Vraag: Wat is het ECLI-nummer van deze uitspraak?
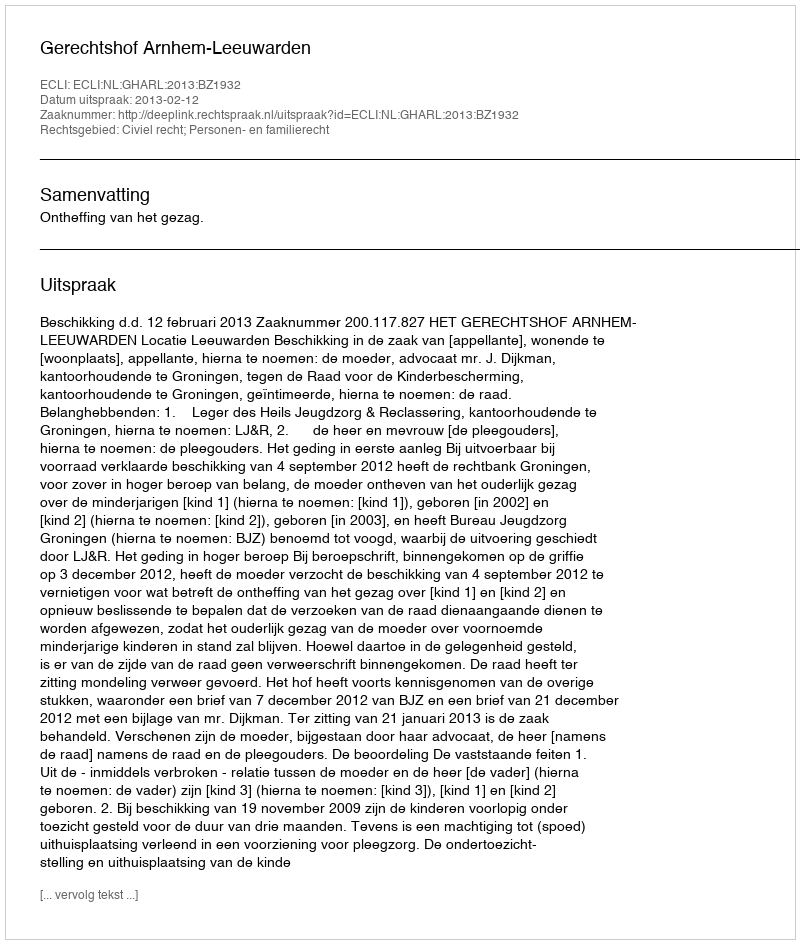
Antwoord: ECLI:NL:GHARL:2013:BZ1932